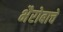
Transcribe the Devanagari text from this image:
भैरोबाचे